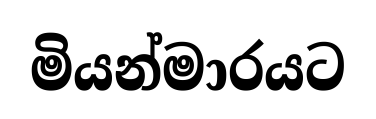
මියන්මාරයට